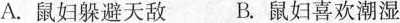
A.鼠妇躲避天敌B.鼠妇喜欢潮湿